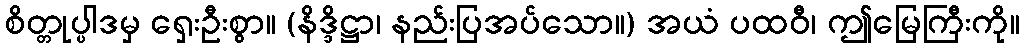
စိတ္တုပ္ပါဒမှ ရှေးဦးစွာ။ (နိဒ္ဒိဋ္ဌာ၊ နည်းပြအပ်သော။) အယံ ပထဝီ၊ ဤမြေကြီးကို။